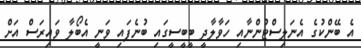
އެ ބޭންކުގެ އެނަލިސްޓުންނާއި ހަވާލާދީ ބީބީސީގައި ބުނެފައި ވަނީ އެބޯލާ ވައިރަސް އަށް